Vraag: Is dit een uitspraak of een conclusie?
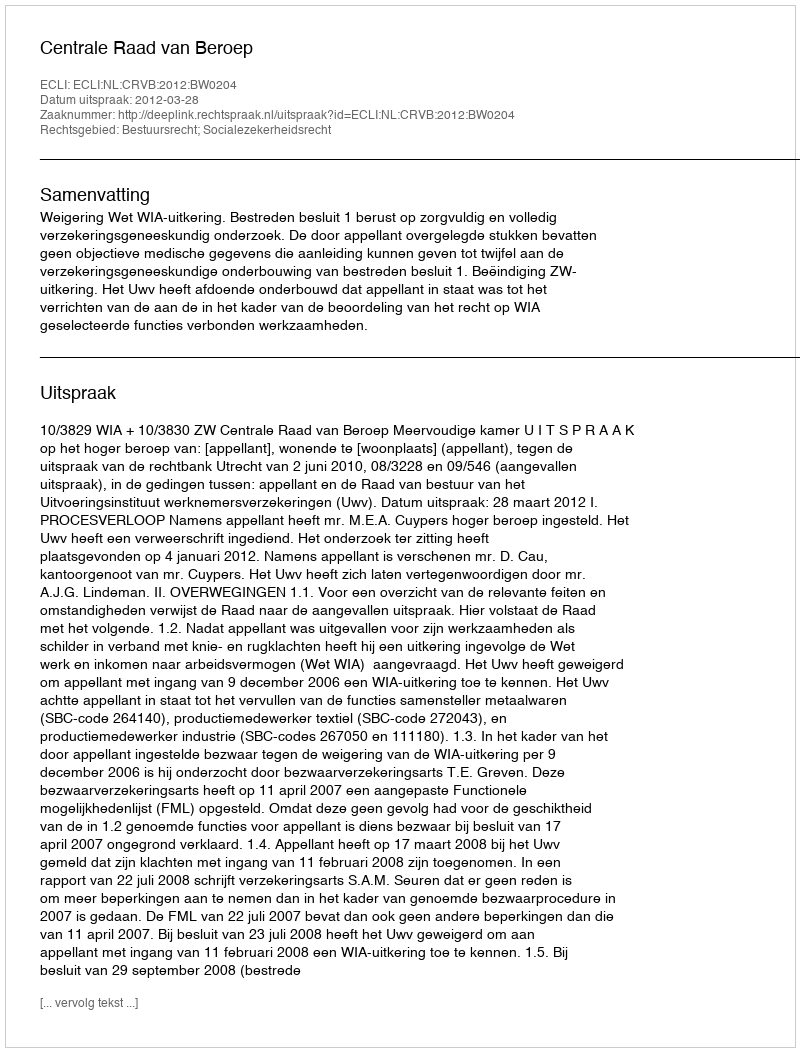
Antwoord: Uitspraak